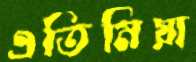
এতিমিয়া